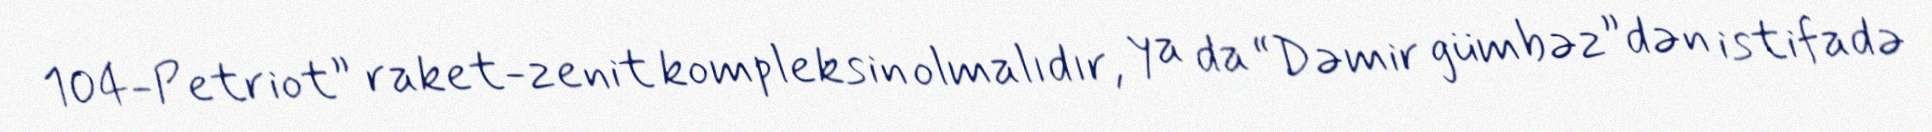
104-Petriot” raket-zenit kompleksin olmalıdır, ya da “Dəmir gümbəz”dən istifadə